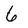
Character: 6